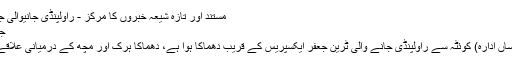
مستند اور تازہ شیعہ خبروں کا مرکز - راولپنڈی جانیوالی جعفر ایکسپریس کے قریب دھماکا
جمعہ, 19 اکتوبر 2018 12:19
شیعہ نیوز(پاکستانی شیعہ خبر رساں ادارہ) کوئٹہ سے راولپنڈی جانے والی ٹرین جعفر ایکسپریس کے قریب دھماکا ہوا ہے، دھماکا ہرک اور مچھ کے درمیانی علاقے میں ریلوے ٹریک کے پاس ہوا۔